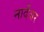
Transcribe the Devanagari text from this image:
नार्देंजर